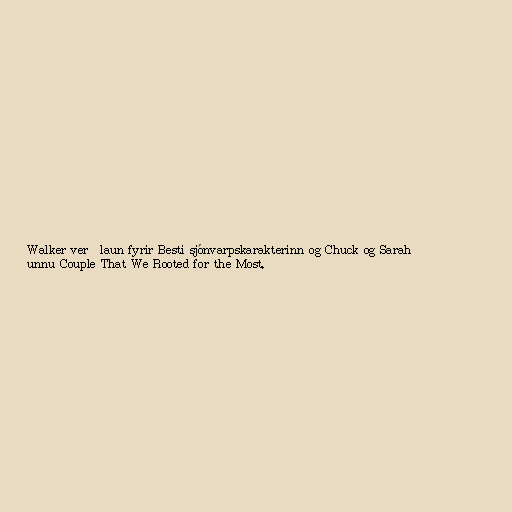
Walker verðlaun fyrir Besti sjónvarpskarakterinn og Chuck og Sarah
unnu Couple That We Rooted for the Most.